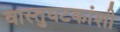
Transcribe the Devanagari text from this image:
वास्तुघटकांशी